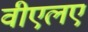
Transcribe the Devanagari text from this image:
वीएलए